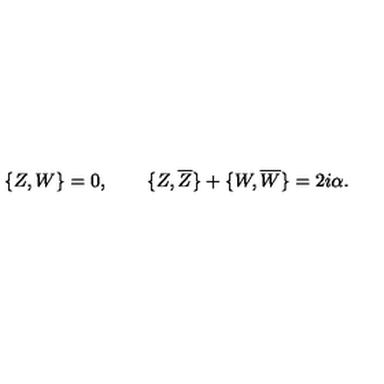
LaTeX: \{ Z , W \} = 0 , \qquad \{ Z , \overline { { Z } } \} + \{ W , \overline { { W } } \} = 2 i \alpha .